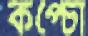
কপ্‌চো